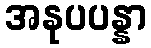
အနုပပန္နာ